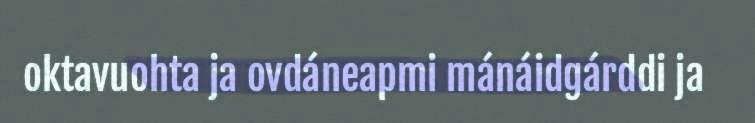
oktavuohta ja ovdáneapmi mánáidgárddi ja